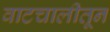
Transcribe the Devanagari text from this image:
वाटचालीतून